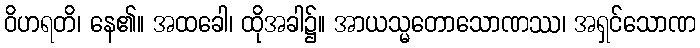
ဝိဟရတိ၊ နေ၏။ အထခေါ၊ ထိုအခါ၌။ အာယသ္မတောသောဏဿ၊ အရှင်သောဏ